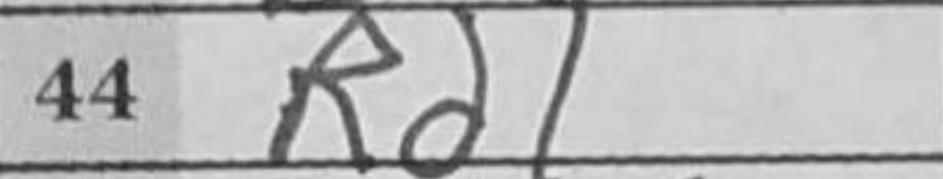
Transcription: Rd1